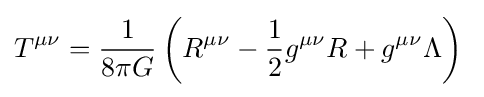
T^{\mu \nu }={1 \over 8\pi G}\left(R^{\mu \nu }-{\frac {1}{2}}g^{\mu \nu }R+g^{\mu \nu }\Lambda \right)\;